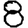
Digit: 8